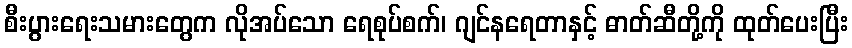
စီးပွားရေးသမားတွေက လိုအပ်သော ရေစုပ်စက်၊ ဂျင်နရေတာနှင့် ဓာတ်ဆီတို့ကို ထုတ်ပေးပြီး